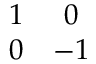
\begin{array} { c c } { { 1 } } & { { 0 } } \\ { { 0 } } & { { - 1 } } \end{array}